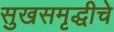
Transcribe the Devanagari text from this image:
सुखसमृद्धीचे